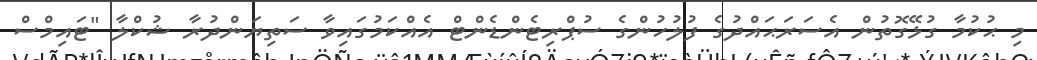
މި ޙުކުމާ ގުޅޭގޮތުން އެސަރަޙައްދުގެ ފުލުހުންގެ ސުޕްރިޓެންޑެންޓް އެއްކަމުގައިވާ ސަތިޔަންދުރާ ޝުކްލާ "ޓައިމްސް